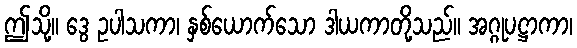
ဤသို့။ ဒွေ ဥပါသကာ၊ နှစ်ယောက်သော ဒါယကာတို့သည်။ အဂ္ဂုပဋ္ဌာကာ၊